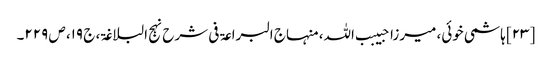
[۲۳] ہاشمی خوئی، میرزا حبیبب اللہ، منہاج البراعۃ فی شرح نہج البلاغۃ، ج ۱۹، ص ۲۲۹۔